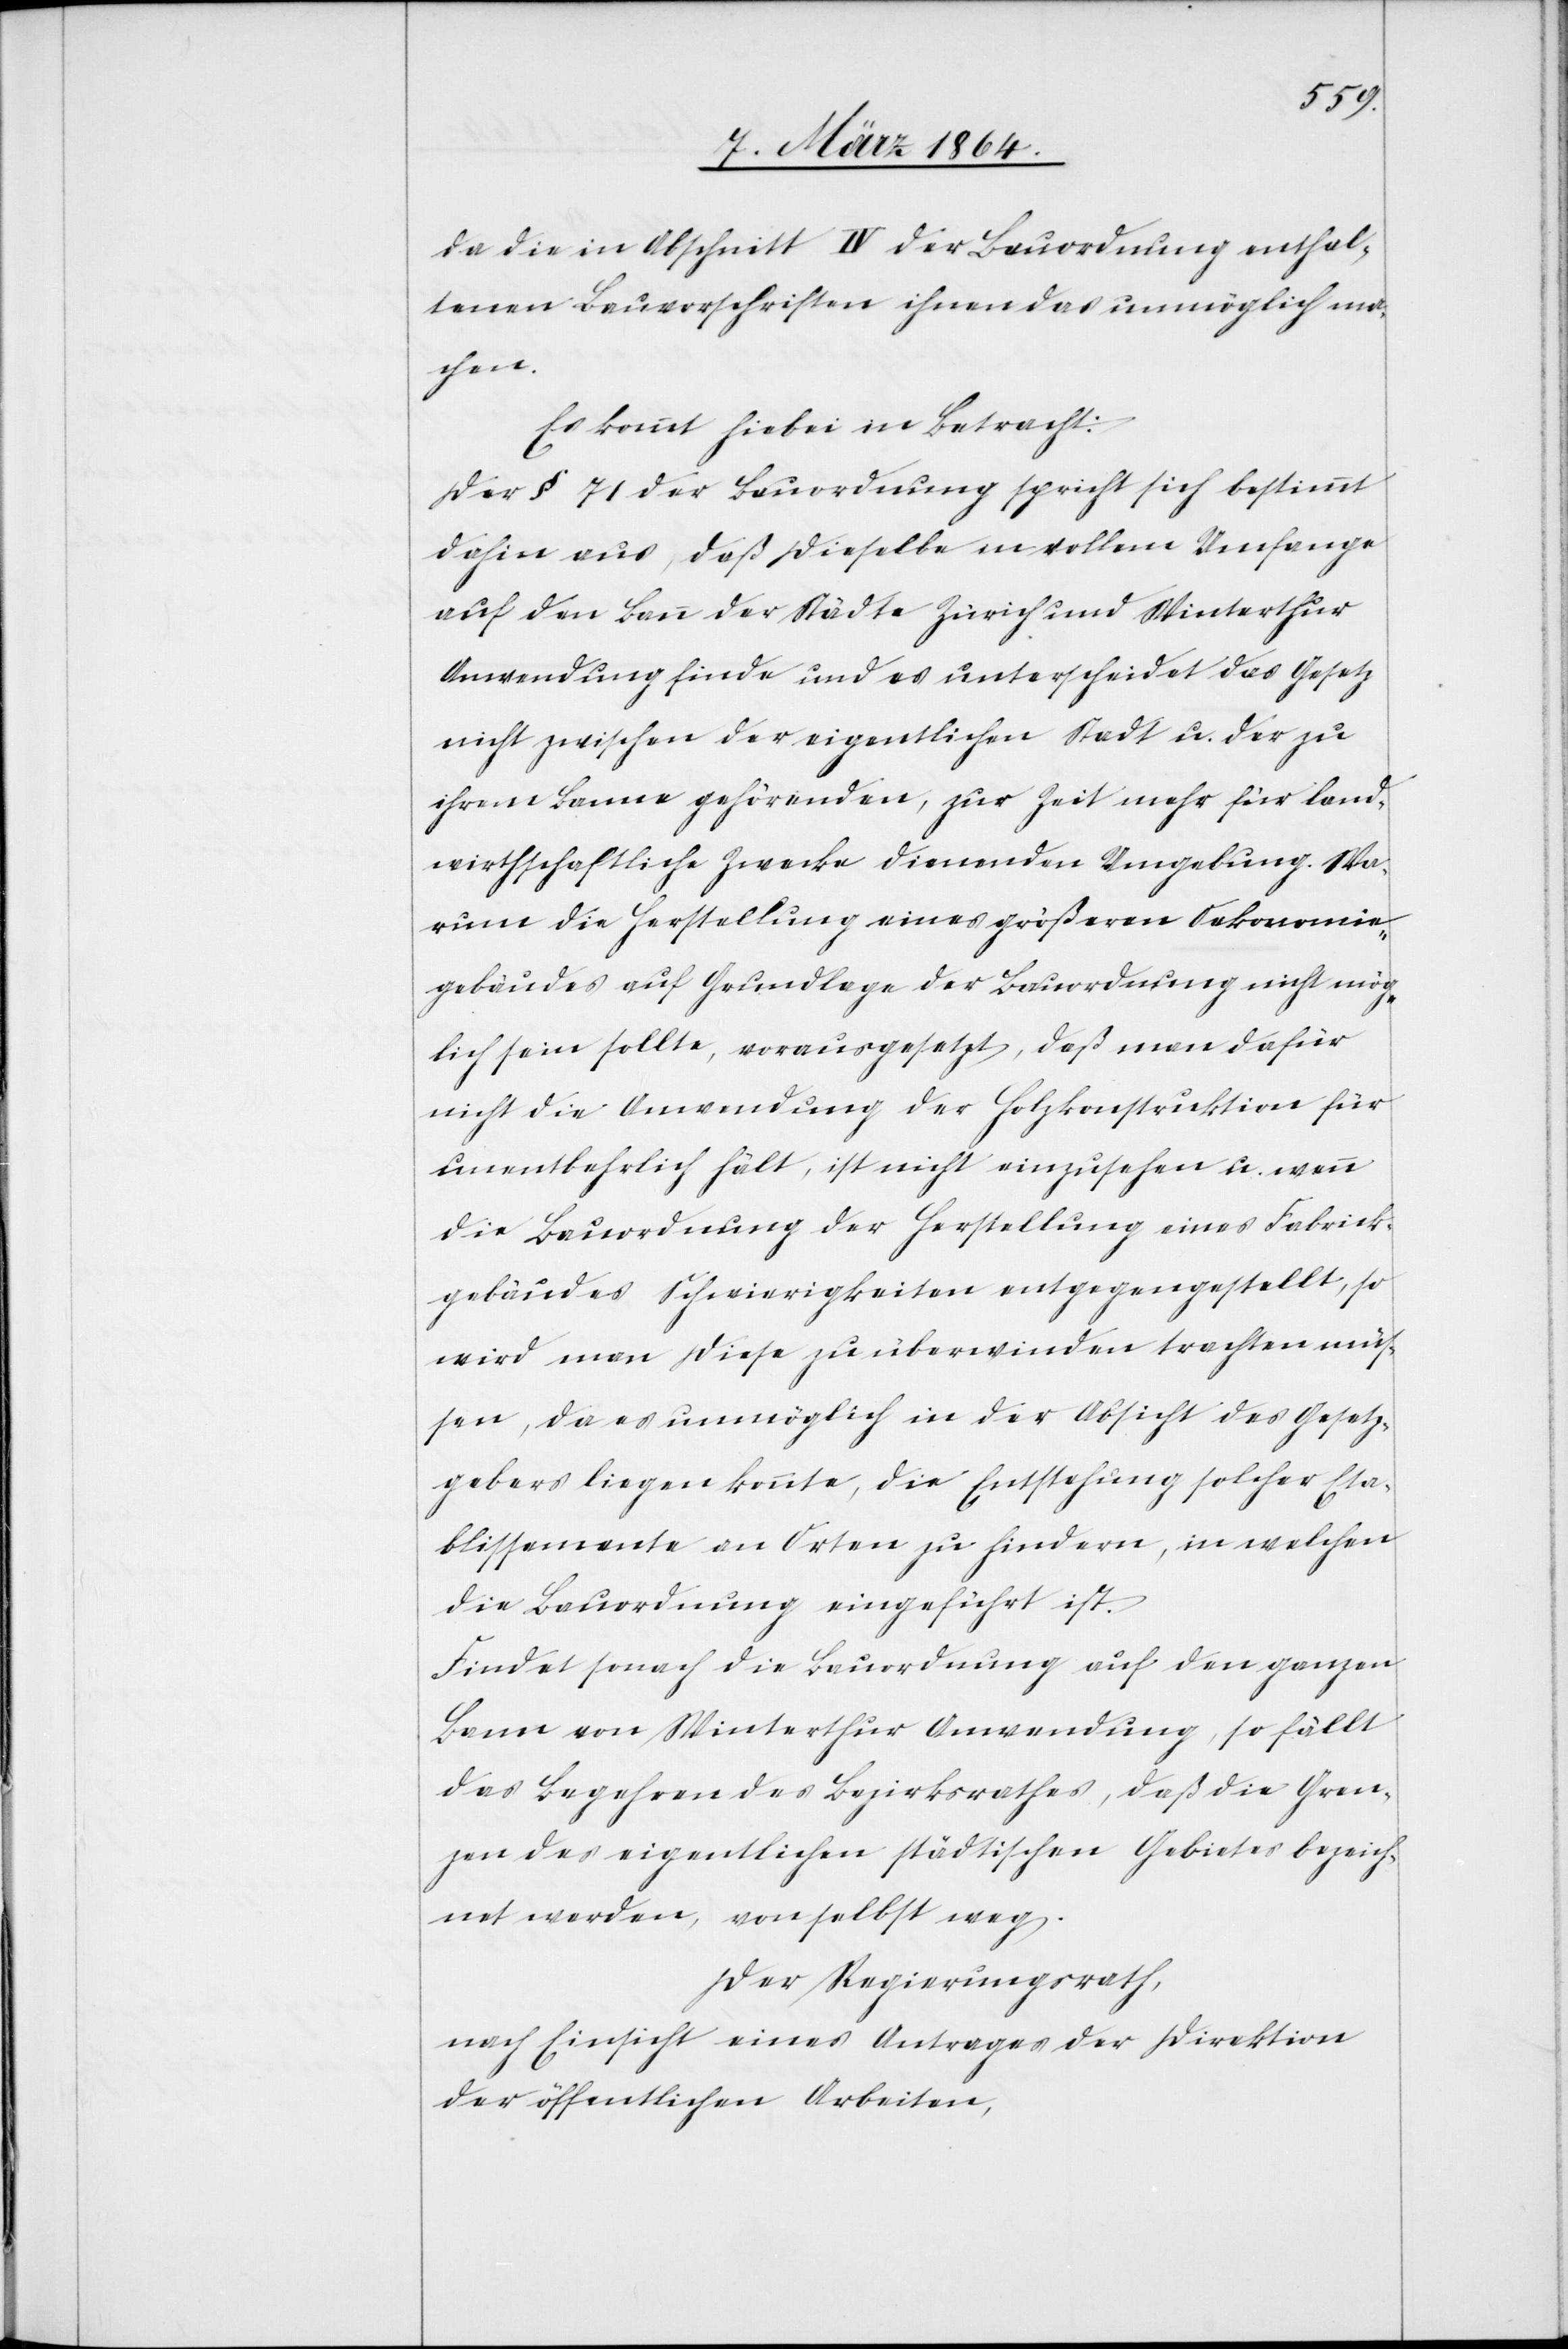
da die in Abschnitt IV der Bauordnung enthal¬
tenen Bauvorschriften ihnen das unmöglich ma¬
chen.
Es kommt hiebei in Betracht:
Der § 71 der Bauordnung spricht sich bestimmt
dahin aus, daß dieselbe in vollem Umfange
auf den Bann der Städte Zürich und Winterthur
Anwendung finde und es unterscheidet das Gesetz
nicht zwischen der eigentlichen Stadt u. der zu
ihrem Banne gehörenden, zur Zeit mehr für land¬
wirthschaftliche Zwecke dienenden Umgebung. Wa¬
rum die Herstellung eines größeren Oekonomie¬
gebäudes auf Grundlage der Bauordnung nicht mög¬
lich sein sollte, vorausgesetzt, daß man dafür
nicht die Anwendung der Holzkonstruktion für
unentbehrlich hält, ist nicht einzusehen u. wenn
die Bauordnung der Herstellung eines Fabrik¬
gebäudes Schwierigkeiten entgegengestellt, so
wird man diese zu überwinden trachten müs¬
sen, da es unmöglich in der Absicht des Gesetz¬
gebers liegen konnte, die Entstehung solcher Eta¬
blissemente an Orten zu hindern, in welchen
die Bauordnung eingeführt ist.
Findet sonach die Bauordnung auf den ganzen
Bann von Winterthur Anwendung, so fällt
das Begehren des Bezirksrathes, daß die Gren¬
zen des eigentlichen städtischen Gebietes bezeich¬
net werden, von selbst weg.
Der Regierungsrath,
nach Einsicht eines Antrages der Direktion
der öffentlichen Arbeiten,